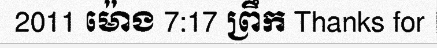
2011 ម៉ោង 7:17 ព្រឹក Thanks for